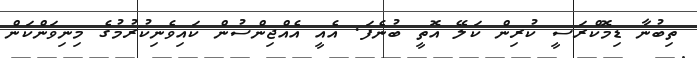
ތިބުނާ ޑިމޮކްރަސީ ކުރިން ކަލޭ އޮތީ ބުނެފަ. އެއީ އެއްޖިންސުން ކައިވެނިކުރުމުގެ މިނިވަންކަން